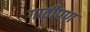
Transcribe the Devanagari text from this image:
गाठीपण